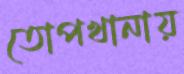
তোপখানায়